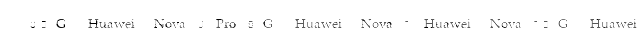
7 5G  Huawei Nova 7 Pro 5G  Huawei Nova 6  Huawei Nova 6 5G  Huawei